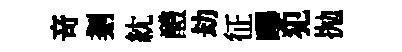
竒剗紞醴劫征嗶犯抛